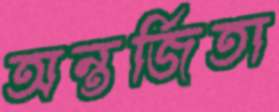
অন্তর্জিতা